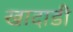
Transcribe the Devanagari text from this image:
खादाडी